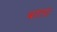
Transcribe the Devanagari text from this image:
बांता